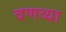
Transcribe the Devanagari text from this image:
वणव्या